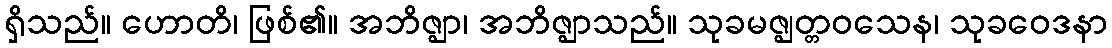
ရှိသည်။ ဟောတိ၊ ဖြစ်၏။ အဘိဇ္ဈာ၊ အဘိဇ္ဈာသည်။ သုခမဇ္ဈတ္တဝသေန၊ သုခဝေဒနာ